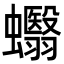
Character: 蠮